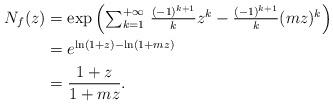
LaTeX: \begin{align*} N_f(z)&=\exp\left(\textstyle\sum_{k=1}^{+\infty} \, \frac{(-1)^{k+1}}{k}z^k - \frac{(-1)^{k+1}}{k}(mz)^k\right) \\ &= e^{\ln(1+z) - \ln(1+mz)} \\ &= \dfrac{1+z}{1+mz}. \end{align*}